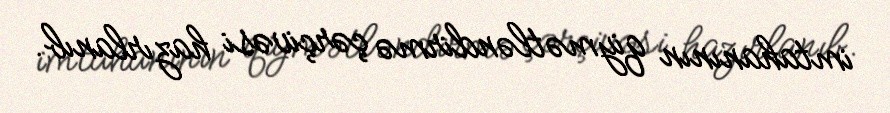
imtahanının qiymətləndirmə çərçivəsi hazırlanıb.